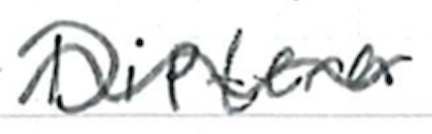
Text: Diptera.
Cross-out: mix
Writing tool: ballpoint